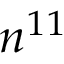
n ^ { 1 1 }